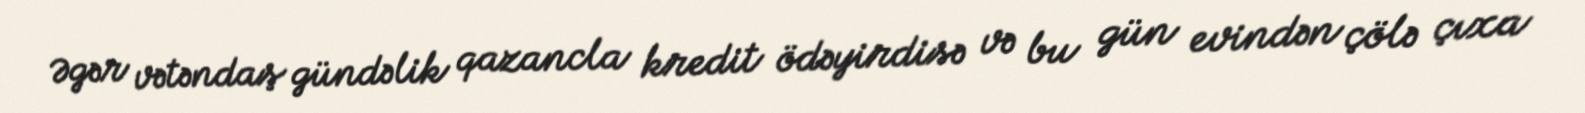
Əgər vətəndaş gündəlik qazancla kredit ödəyirdisə və bu gün evindən çölə çıxa